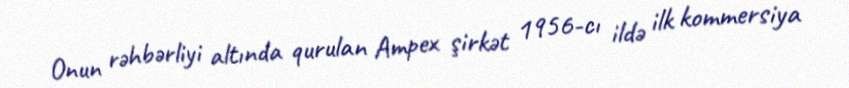
Onun rəhbərliyi altında qurulan Ampex şirkət 1956-cı ildə ilk kommersiya